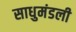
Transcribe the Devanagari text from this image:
साधुमंडली